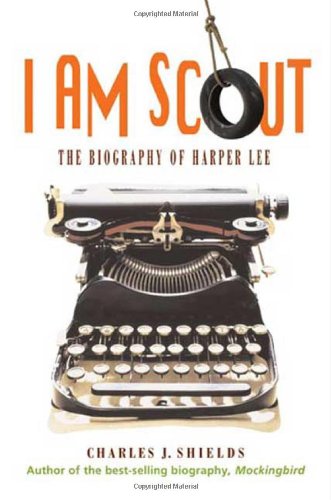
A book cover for I Am Scout: The Biography of Harper Lee; Charles J. Shields; Teen & Young Adult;